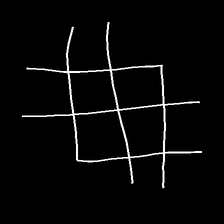
Glyph: crystal